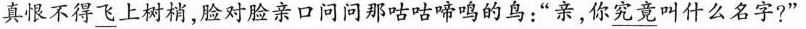
真恨不得 \underline{飞} 上树梢，脸对脸亲口问问那咕咕啼鸣的鸟：”亲，你\underline{究竟} 叫什么名字?”